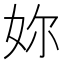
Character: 妳